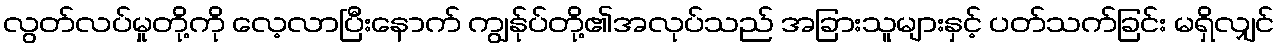
လွတ်လပ်မှုတို့ကို လေ့လာပြီးနောက် ကျွန်ုပ်တို့၏အလုပ်သည် အခြားသူများနှင့် ပတ်သက်ခြင်း မရှိလျှင်